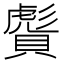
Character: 𧷠